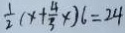
\frac { 1 } { 2 } ( x + \frac { 4 } { 3 } x ) 6 = 2 4